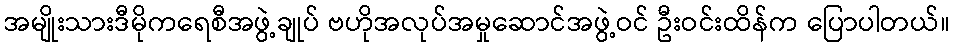
အမျိုးသားဒီမိုကရေစီအဖွဲ့ချုပ် ဗဟိုအလုပ်အမှုဆောင်အဖွဲ့ဝင် ဦးဝင်းထိန်က ပြောပါတယ်။